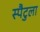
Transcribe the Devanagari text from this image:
स्पैटुला